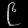
Digit: ၉